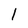
Character: I